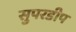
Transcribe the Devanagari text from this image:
सुपरडीप